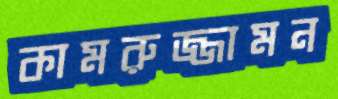
কামরুজ্জামন